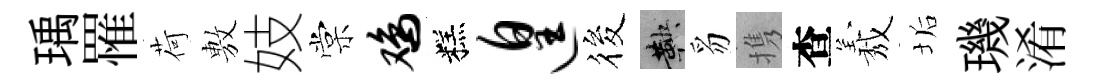
瑀罹荷𢾾妓棠鸡糕遑筱鞅豸携查𦏁垢璣淆